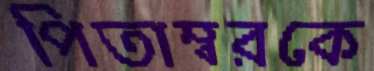
পিতাম্বরকে